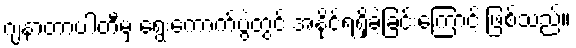
ဂျနာတာပါတီမှ ရွေးကောက်ပွဲတွင် အနိုင်ရရှိခဲ့ခြင်းကြောင့် ဖြစ်သည်။